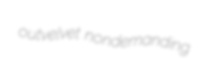
outvelvet nondemanding